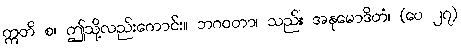
ဣတိ စ၊ ဤသို့လည်းကောင်း။ ဘဂဝတာ၊ သည်။ အနုမောဒိတံ၊ (ပေ ၂၇)